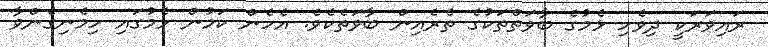
ރައިވަރަކީ ދިވެހި ޅެމުގެ ބާވަތްތަކުގެ ތެރެއިން ބާވަތެކެވެ. އެހެން ކަމުން ޅެމުގައި ހިމެނިގެންވާ